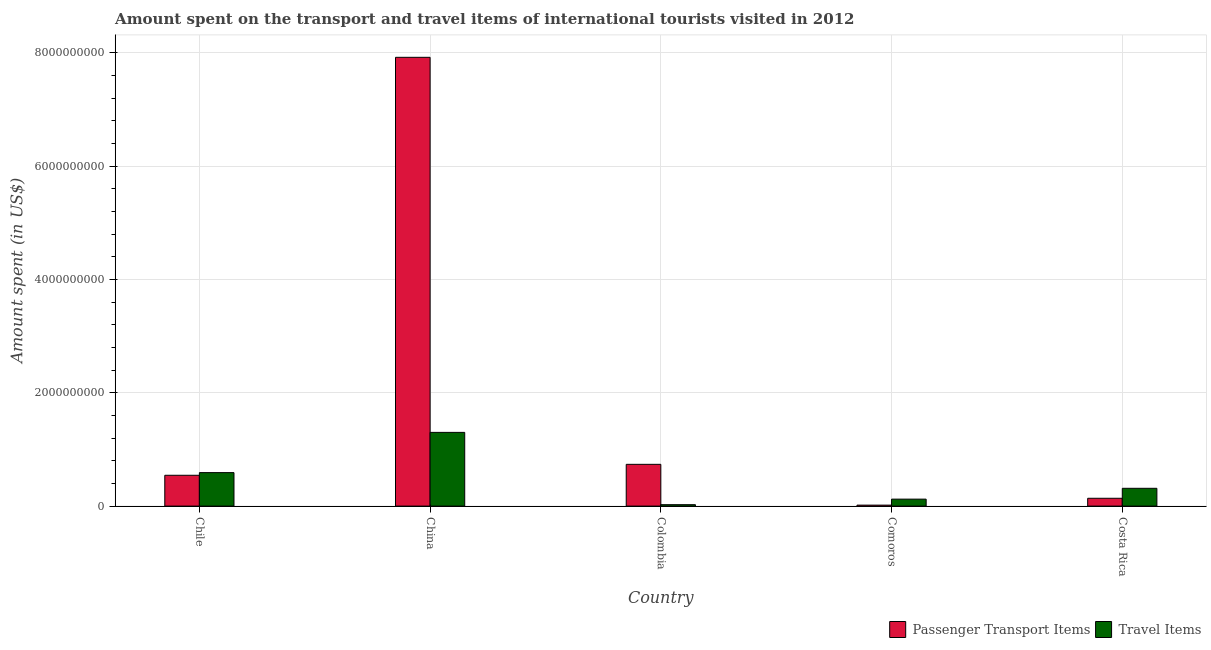
| Country | Passenger Transport Items | Travel Items |
 | --- | --- | --- |
 | Chile | 5.44e+08 | 5.91e+08 |
 | China | 7.92e+09 | 1.3e+09 |
 | Colombia | 7.37e+08 | 2.5e+07 |
 | Comoros | 1.7e+07 | 1.23e+08 |
 | Costa Rica | 1.38e+08 | 3.14e+08 |